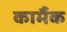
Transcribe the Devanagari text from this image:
कार्मैक